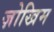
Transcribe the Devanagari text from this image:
ज़ोखिम